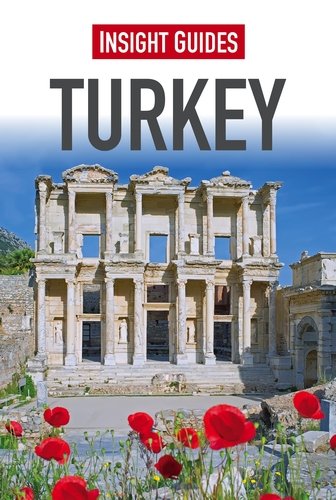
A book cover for Insight Guides: Turkey; Insight Guides; Travel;